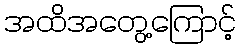
အထိအတွေ့ကြောင့်